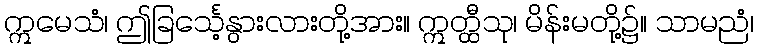
ဣမေသံ၊ ဤခြင်္သေ့နွားလားတို့အား။ ဣတ္ထီသု၊ မိန်းမတို့၌။ သာမညံ၊